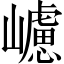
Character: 𡾅